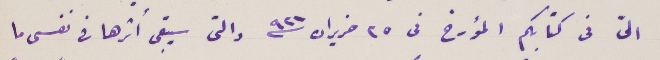
الىّ فى كتابكم المؤرخ فى 25 حزيران سنة 921 والتى سيبقى أثرها في نفسى ما